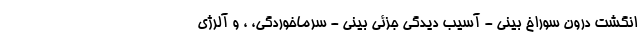
انگشت درون سوراخ بینی - آسیب دیدگی جزئی بینی - سرماخوردگی، ، و آلرژی